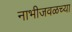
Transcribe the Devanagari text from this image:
नाभीजवळच्या